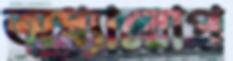
অধ্যারোপ